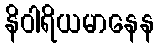
နိဝါရိယမာနေန